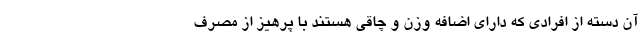
آن دسته از افرادی که دارای اضافه وزن و چاقی هستند با پرهیز از مصرف